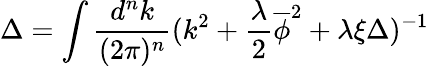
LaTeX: \Delta=\int\frac{d^{n}k}{(2\pi)^{n}}(k^{2}+\frac{\lambda}{2}\overline{{\phi}}^{2}+\lambda\xi\Delta)^{-1}